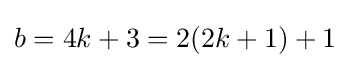
b=4k+3=2(2k+1)+1